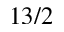
1 3 / 2